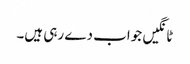
ٹانگیں جواب دے رہی ہیں۔